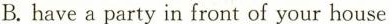
B. have a party in front of your hous